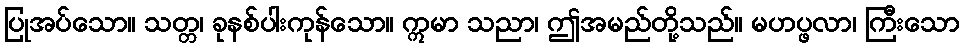
ပြုအပ်သော။ သတ္တ၊ ခုနစ်ပါးကုန်သော။ ဣမာ သညာ၊ ဤအမည်တို့သည်။ မဟပ္ဖလာ၊ ကြီးသော